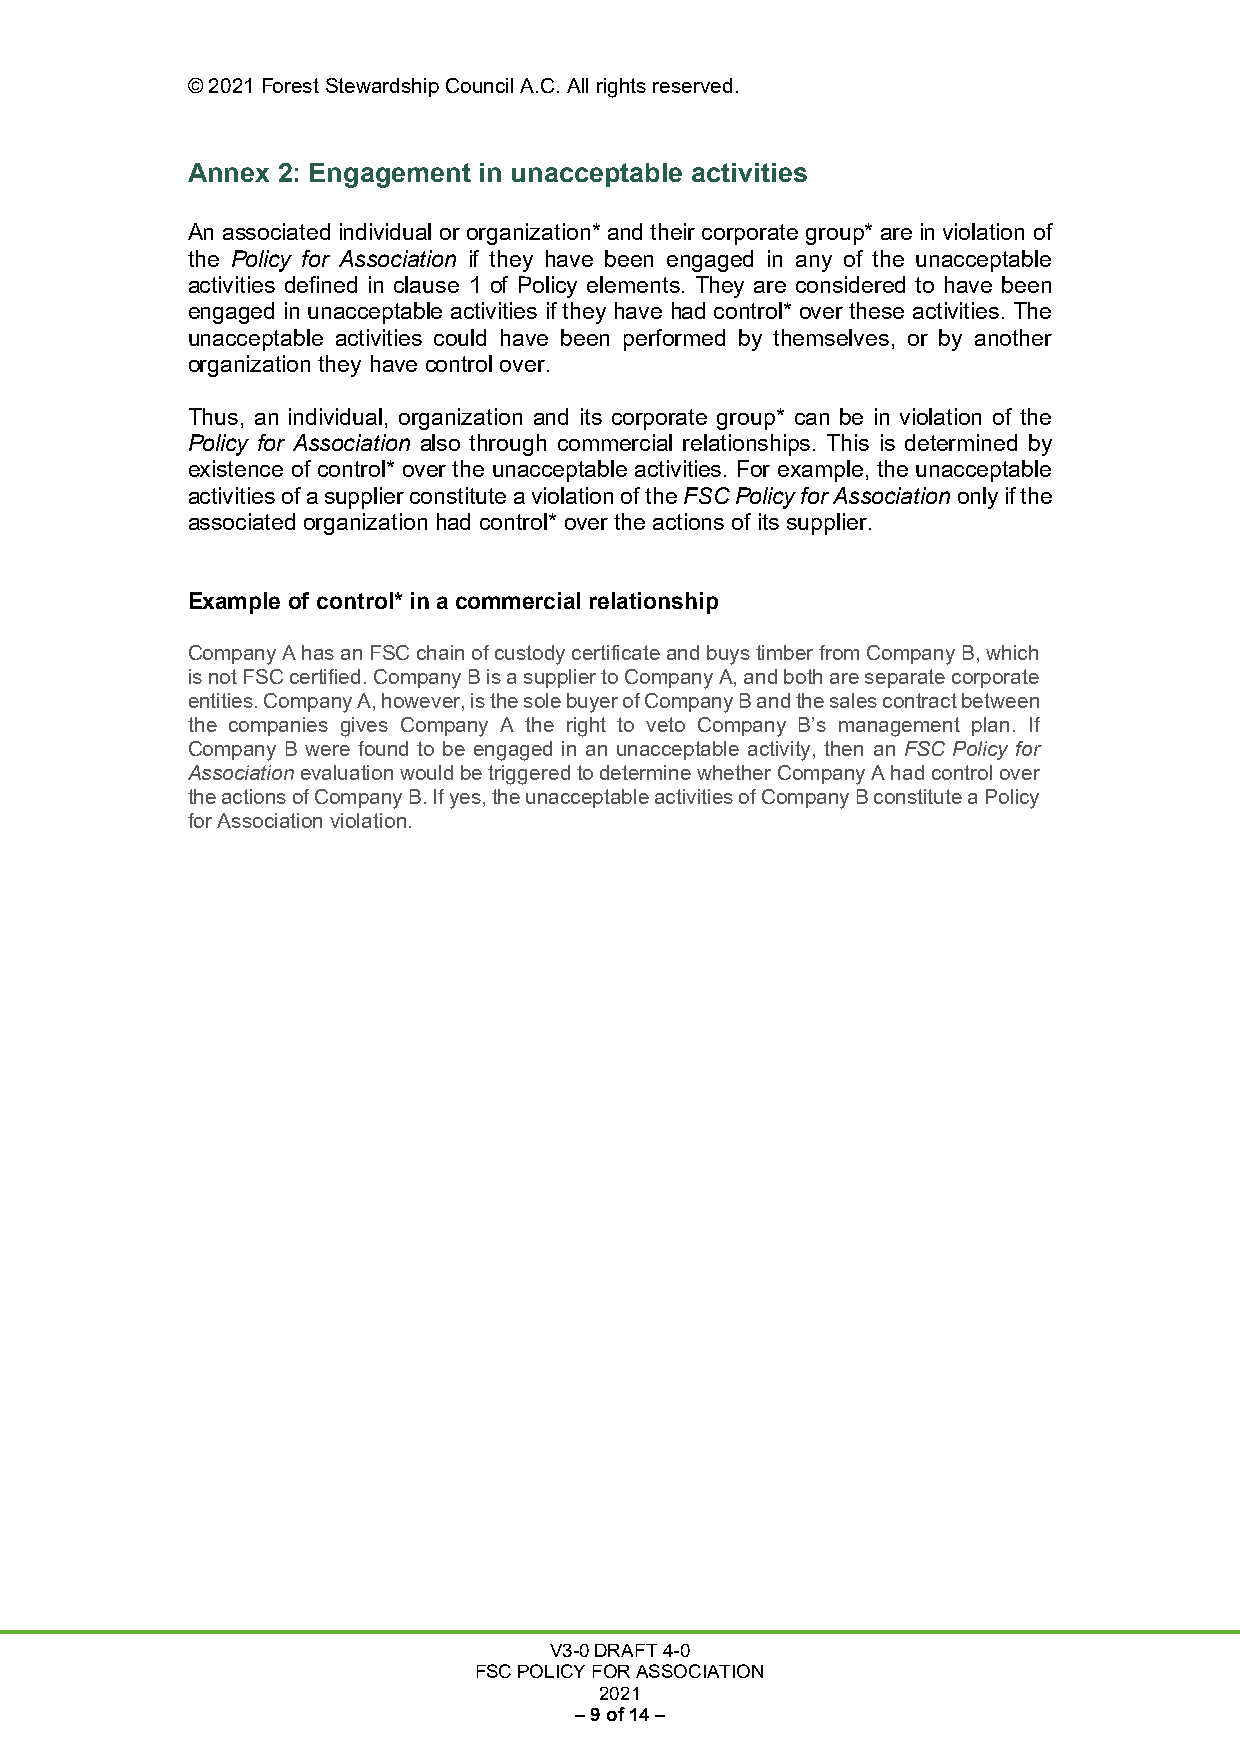
© 2021 Forest Stewardship Council A.C. All rights reserved.
 Annex 2: Engagement in unacceptable activities
 An associated individual or organization* and their corporate group* are in violation of
 the Policy for Association if they have been engaged in any of the unacceptable
 activities defined in clause 1 of Policy elements. They are considered to have been
 engaged in unacceptable activities if they have had control* over these activities. The
 unacceptable activities could have been performed by themselves, or by another
 organization they have control over.
 Thus, an individual, organization and its corporate group* can be in violation of the
 Policy for Association also through commercial relationships. This is determined by
 existence of control* over the unacceptable activities. For example, the unacceptable
 activities of a supplier constitute a violation of the FSC Policy for Association only if the
 associated organization had control* over the actions of its supplier.
 Example of control* in a commercial relationship
 Company A has an FSC chain of custody certificate and buys timber from Company B, which
 is not FSC certified. Company B is a supplier to Company A, and both are separate corporate
 entities. Company A, however, is the sole buyer of Company B and the sales contract between
 the companies gives Company A the right to veto Company B’s management plan. If
 Company B were found to be engaged in an unacceptable activity, then an FSC Policy for
 Association evaluation would be triggered to determine whether Company A had control over
 the actions of Company B. If yes, the unacceptable activities of Company B constitute a Policy
 for Association violation.
 V3-0 DRAFT 4-0
 FSC POLICY FOR ASSOCIATION
 2021
 – 9 of 14 –